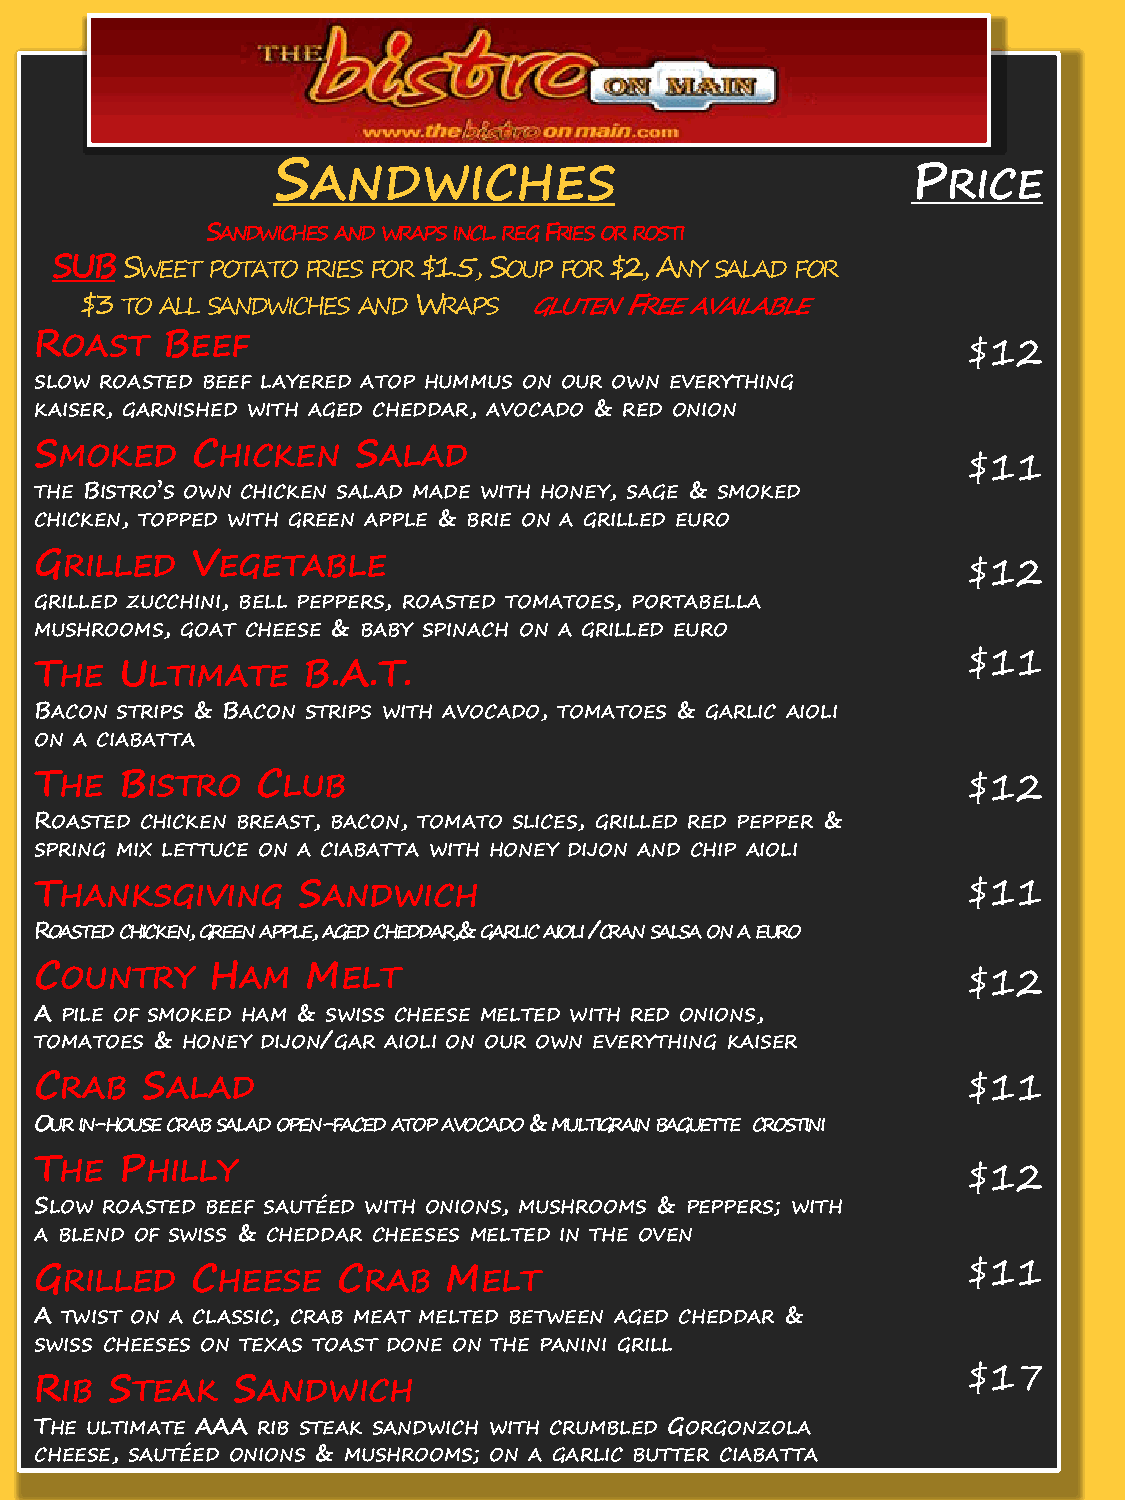
S  ANDWICHES                              P  RICE
 SANDWICHES AND WRAPS INCL. REG FRIES OR ROSTI
 SUB  SWEET POTATO FRIES FOR $1.5, SOUP FOR $2, ANY SALAD FOR
 $3 TO ALL SANDWICHES AND WRAPS GLUTEN FREE AVAILABLE
 ROAST    BEEF
 $12
 SLOW ROASTED BEEF LAYERED ATOP HUMMUS ON OUR OWN EVERYTHING
 KAISER, GARNISHED WITH AGED CHEDDAR, AVOCADO & RED ONION
 SMOKED     CHICKEN    SALAD
 $11
 THE BISTRO’S OWN CHICKEN SALAD MADE WITH HONEY, SAGE & SMOKED
 CHICKEN, TOPPED WITH GREEN APPLE & BRIE ON A GRILLED EURO
 GRILLED    VEGETABLE
 $12
 GRILLED ZUCCHINI, BELL PEPPERS, ROASTED TOMATOES, PORTABELLA
 MUSHROOMS, GOAT CHEESE & BABY SPINACH ON A GRILLED EURO
 $11
 THE   ULTIMATE    B.A.T.
 BACON STRIPS & BACON STRIPS WITH AVOCADO, TOMATOES & GARLIC AIOLI
 ON A CIABATTA
 THE   BISTRO   CLUB                                           $12
 ROASTED CHICKEN BREAST, BACON, TOMATO SLICES, GRILLED RED PEPPER &
 SPRING MIX LETTUCE ON A CIABATTA WITH HONEY DIJON AND CHIP AIOLI
 THANKSGIVING      SANDWICH                                    $11
 ROASTED CHICKEN, GREEN APPLE, AGED CHEDDAR,& GARLIC AIOLI /CRAN SALSA ON A EURO
 COUNTRY     HAM   MELT
 $12
 A PILE OF SMOKED HAM & SWISS CHEESE MELTED WITH RED ONIONS,
 TOMATOES & HONEY DIJON/GAR AIOLI ON OUR OWN EVERYTHING KAISER
 CRAB   SALAD                                                  $11
 OUR IN-HOUSE CRAB SALAD OPEN-FACED ATOP AVOCADO & MULTIGRAIN BAGUETTE CROSTINI
 THE   PHILLY
 $12
 SLOW ROASTED BEEF SAUTÉED WITH ONIONS, MUSHROOMS & PEPPERS; WITH
 A BLEND OF SWISS & CHEDDAR CHEESES MELTED IN THE OVEN
 GRILLED    CHEESE   CRAB   MELT                               $11
 A TWIST ON A CLASSIC, CRAB MEAT MELTED BETWEEN AGED CHEDDAR &
 SWISS CHEESES ON TEXAS TOAST DONE ON THE PANINI GRILL
 $17
 RIB  STEAK   SANDWICH
 THE ULTIMATE AAA RIB STEAK SANDWICH WITH CRUMBLED GORGONZOLA
 CHEESE, SAUTÉED ONIONS & MUSHROOMS; ON A GARLIC BUTTER CIABATTA